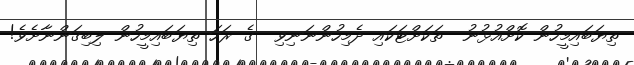
ތިޔަބައިމީހުން ކޮށްއުޅުނު  ތަކަށްޓަކައި ދެމިހުންނަނިވި  ގެ ރަހަ ތިޔަބައިމީހުން ލިބިގަންނާށެވެ!